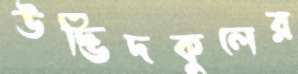
উদ্ভিদকুলের